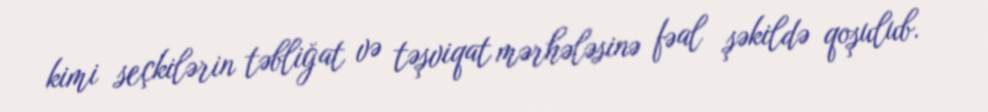
kimi seçkilərin təbliğat və təşviqat mərhələsinə fəal şəkildə qoşulub.